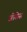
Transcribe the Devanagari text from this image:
जीसेस